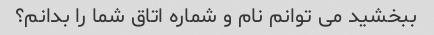
ببخشید می توانم نام و شماره اتاق شما را بدانم؟